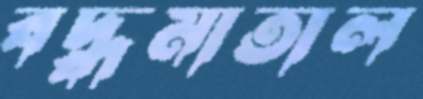
বদ্ধমাতাল